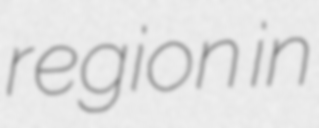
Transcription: region in